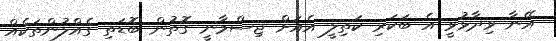
އޭނާ ވިދާޅުވީ އެ ބަކަރި ކަތިލީ އެއަށް ޖިސްމާނީ ގޮތުން ބޮޑަތި ގެއްލުންތަކެއް